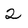
Character: 2